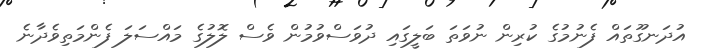
އުދަނގޫތައް ފެނުމުގެ ކުރިން ނުވަތަ ބަލީގައި ދުވަސްވުމުން ވެސް ލޮލުގެ މައްސަލަ ފެންމަތިވެދާނެ